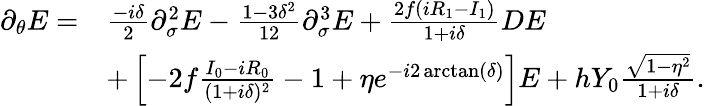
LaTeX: \begin{array}{rl}{\partial_{\theta}E=}&{\frac{-i\delta}{2}\partial_{\sigma}^{2}E-\frac{1-3\delta^{2}}{12}\partial_{\sigma}^{3}E+\frac{2f(iR_{1}-I_{1})}{1+i\delta}DE}\\ &{+\left[-2f\frac{I_{0}-iR_{0}}{(1+i\delta)^{2}}-1+\eta e^{-i2\arctan(\delta)}\right]E+hY_{0}\frac{\sqrt{1-\eta^{2}}}{1+i\delta}.}\end{array}